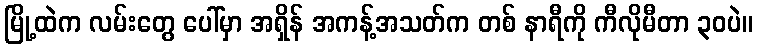
မြို့ထဲက လမ်းတွေ ပေါ်မှာ အရှိန် အကန့်အသတ်က တစ် နာရီကို ကီလိုမီတာ ၃၀ပဲ။